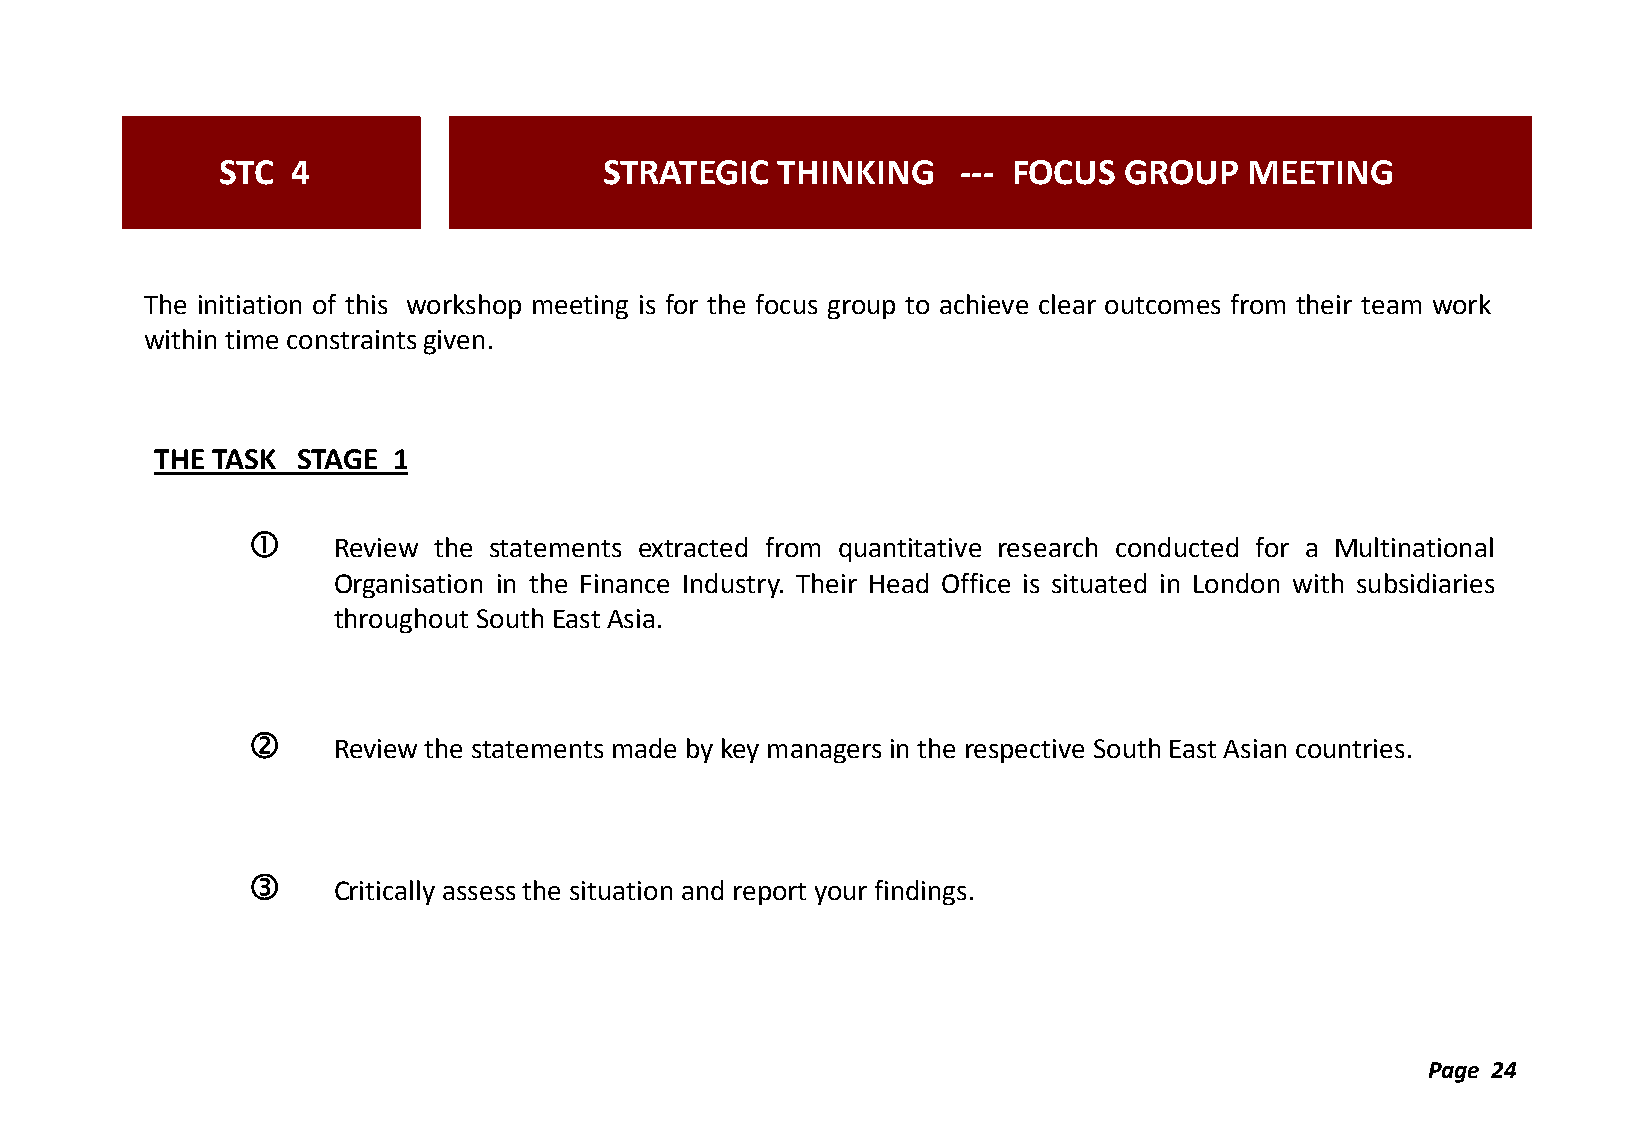
STC  4                    STRATEGIC  THINKING     --- FOCUS GROUP    MEETING
 The initiation of this workshop meeting is for the focus group to achieve clear outcomes from their team work
 within time constraints given.
 THE TASK  STAGE 1
 
 Review the statements extracted from quantitative research conducted for a Multinational
 Organisation in the Finance Industry. Their Head Office is situated in London with subsidiaries
 throughout South East Asia.
 
 Review the statements made by key managers in the respective South East Asian countries.
 
 Critically assess the situation and report your findings.
 Page 24